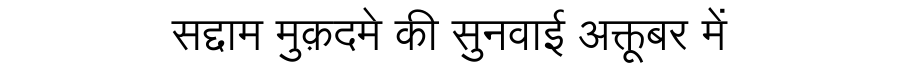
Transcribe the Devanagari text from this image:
सद्दाम मुक़दमे की सुनवाई अक्तूबर में